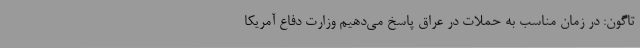
تاگون: در زمان مناسب به حملات در عراق پاسخ می‌دهیم وزارت دفاع آمریکا